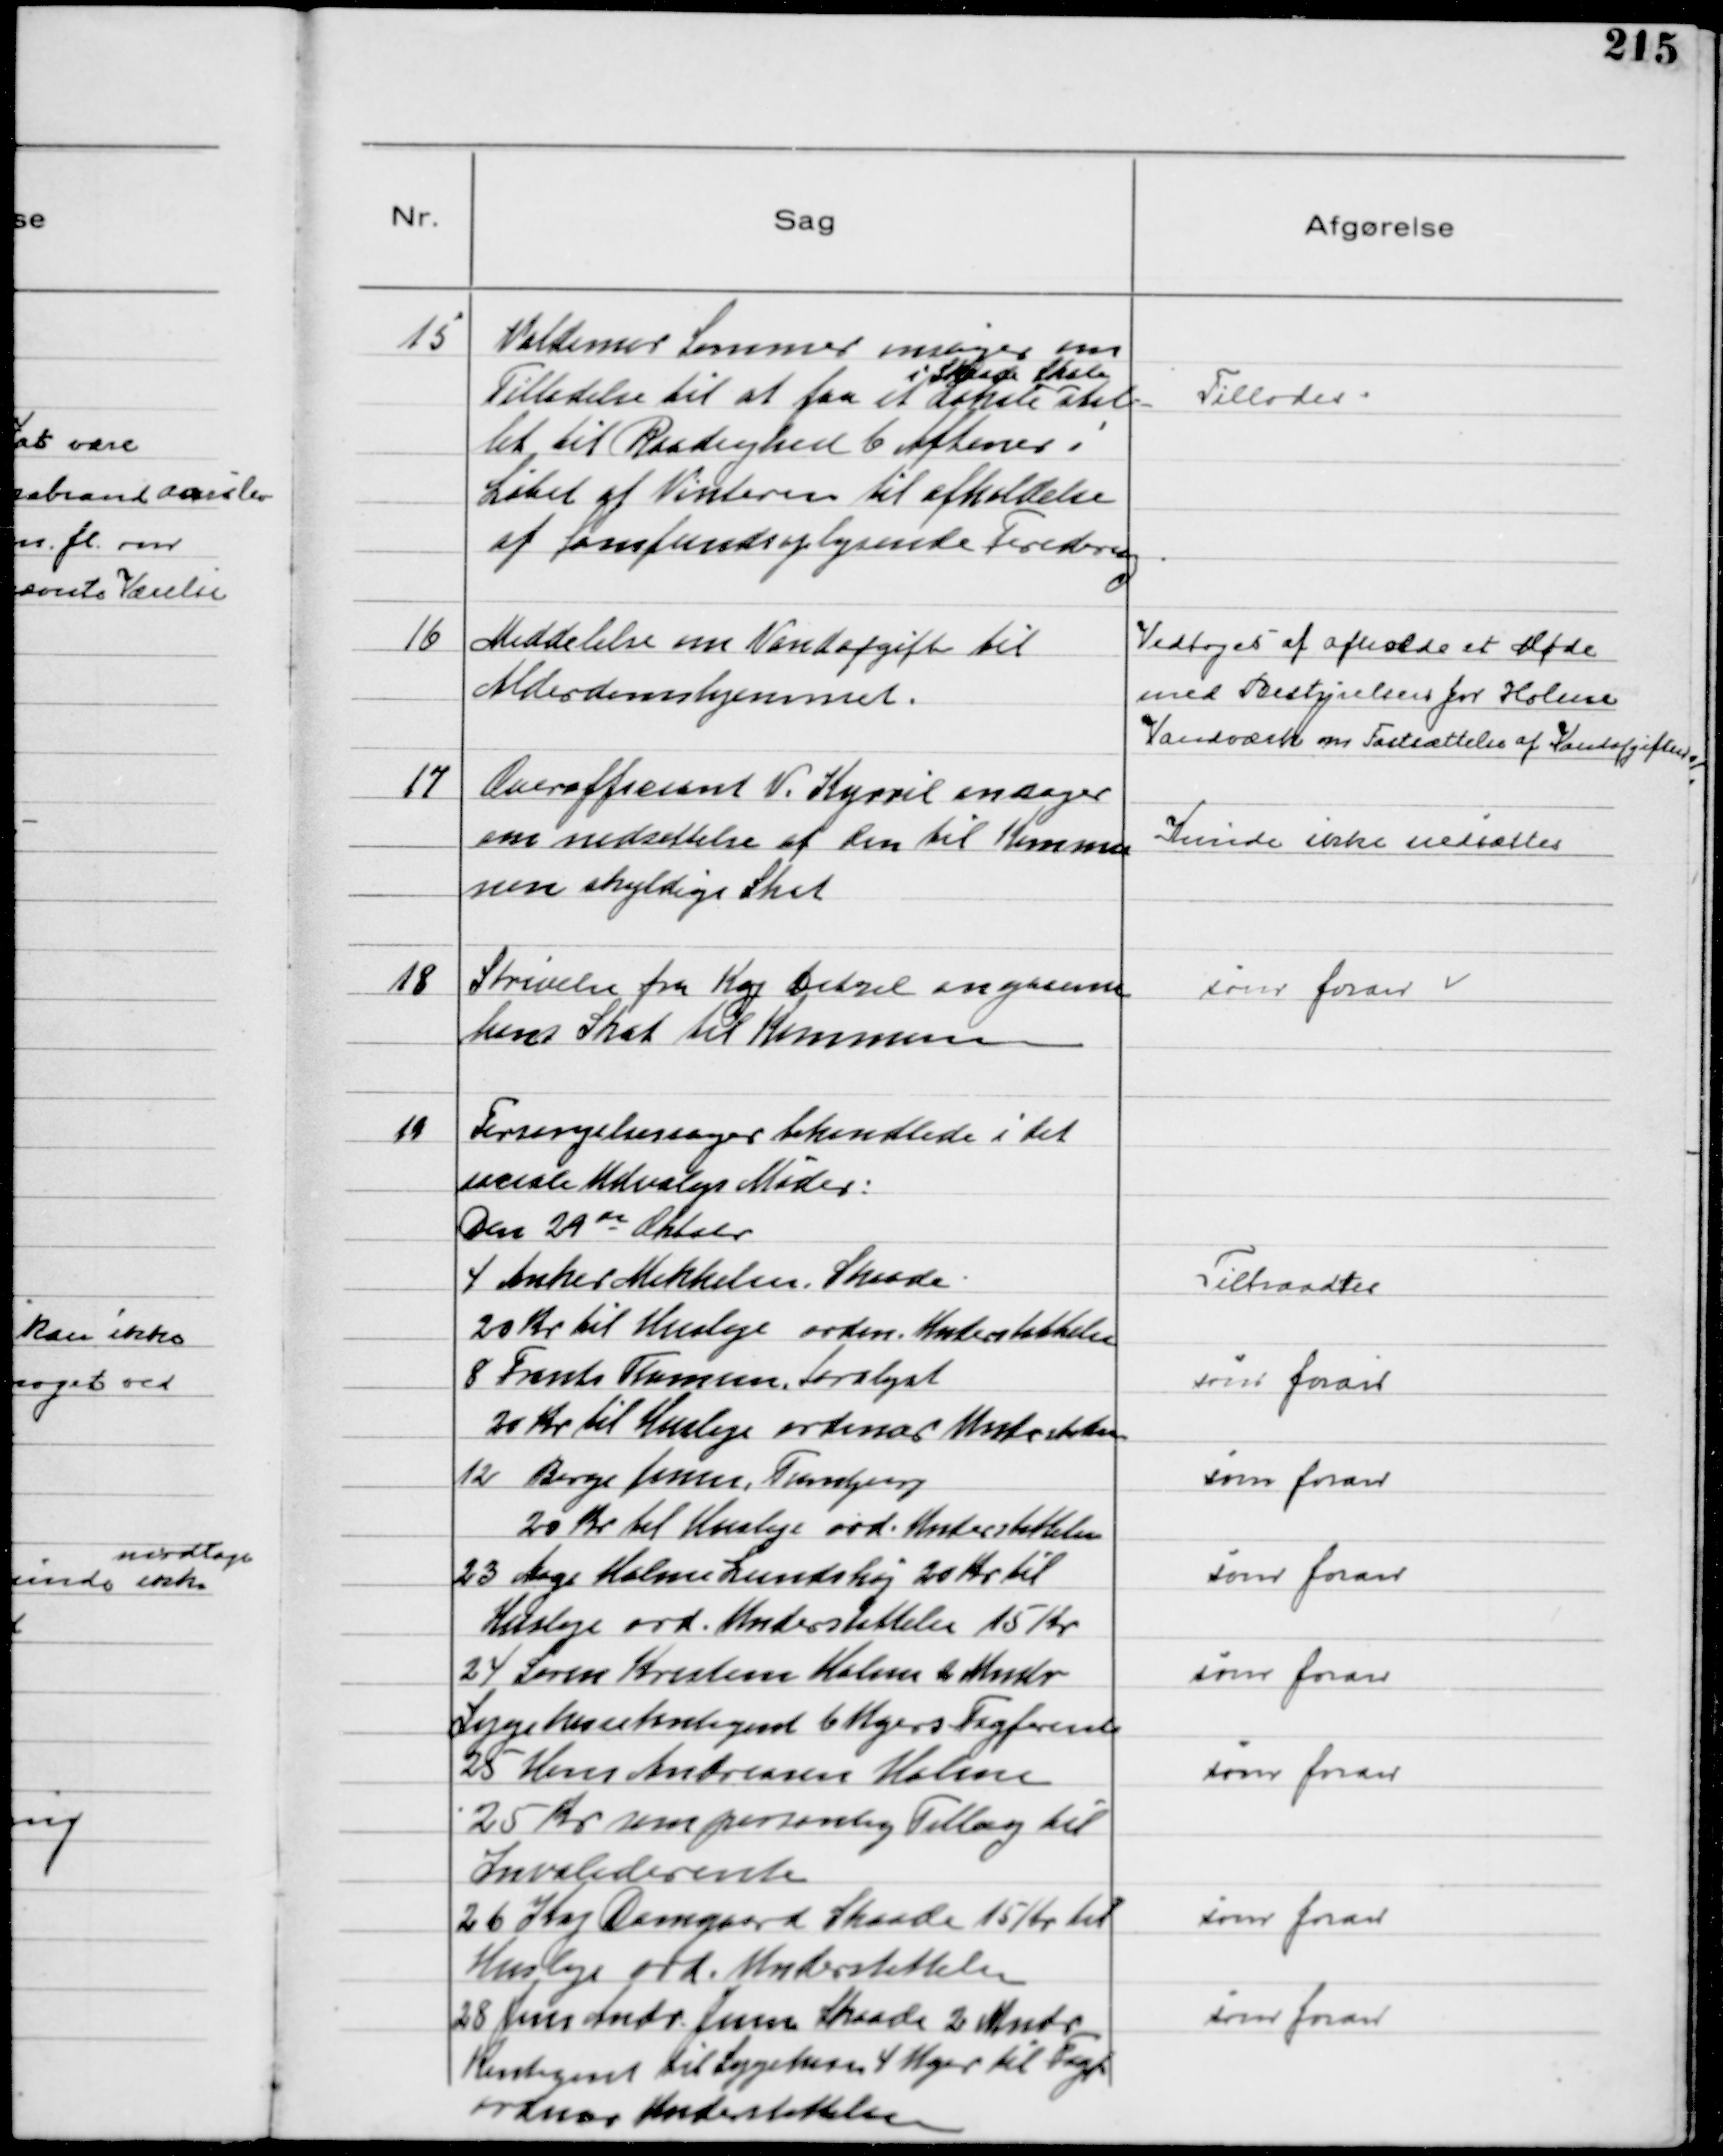
Transskription:
15
Valdemar Sommer ansøger om
Tilladelse til at faa et Lokale
i Skaade Skole
stil-
let til Raadighed 6 Aftener i
Løbet af Vinteren til afholdelse
af Samfundsoplysende Foredrag

Tillodes

16
Meddelelse om Vandafgifter til
Alderdomshjemmet.

Vedtoges at afholde et Møde
med Bestyrelsen for Holme
Vandværk om Fastsættelse af Vandafgiften

17
Overofficiant V. Kyrril ansøger
om nedsættelse af den til Kommu
nen skyldige Skat

Kunde ikke nedsættes

18
Skrivelse fra Kaj Ditzel angaaende
hans Skat til Kommunen

som foran

19
Forsørgelsessager behandlede i det
sociale Udvalgs Møder:
Den 29de Oktobr
4 Anker Mikkelsen. Skaade
20 Kr til Husleje ordin. Understøttelse
8 Frants Thomsen. Saralyst
20 Kr til Husleje ordinær Understøttelse
12 Børge Jensen, Tranbjerg
20 Kr til Husleje ord. Understøttelse
23 Aage Holme Lundshøj 20 Kr til
Husleje ord. Understøttelse 15 Kr
24 Sven Kristensen Holme 2 Mndr
Sygekassekontigent 6 Ugers Fagforbund
25 Hans Andreasen Holme
25 Kr som personlig Tillæg til
Invaliderente
26 Kaj Damgaard Skaade 15 Kr til
Husleje ord. Understøttelse
28 Jens Andr. Jensen Skaade 2 Mndr
Kontigent til Sygekassen 4 Uger til Fagf
ordinær Understøttelse

Tiltraadtes
som foran
som foran
som foran
som foran
som foran
som foran
som foran